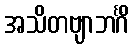
အသိတဗျာဘင်္ဂိံ